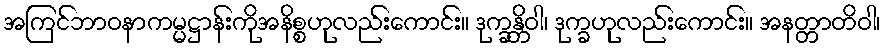
အကြင်ဘာဝနာကမ္မဋ္ဌာန်းကိုအနိစ္စဟုလည်းကောင်း။ ဒုက္ခန္တိဝါ၊ ဒုက္ခဟုလည်းကောင်း။ အနတ္တာတိဝါ၊